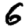
Digit: 6